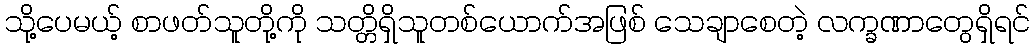
သို့ပေမယ့် စာဖတ်သူတို့ကို သတ္တိရှိသူတစ်ယောက်အဖြစ် သေချာစေတဲ့ လက္ခဏာတွေရှိရင်